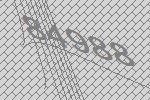
84988